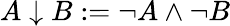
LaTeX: A\downarrow B:=\neg A\land\neg B